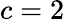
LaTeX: c=2